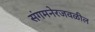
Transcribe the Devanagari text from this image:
संगमनेरजवळील